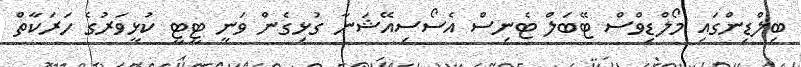
ބިލްޑިންގައި މޯލްޑިވްސް ޓޭބަލް ޓެނިސް އެސޯސިއޭޝަނާ ގުޅިގެން ވަނީ ޓީޓީ ކުޅީވަރުގެ ހަރަކާތް